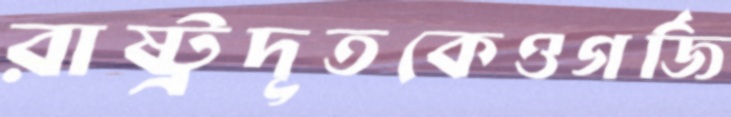
রাষ্ট্রদূতকেওগর্জি